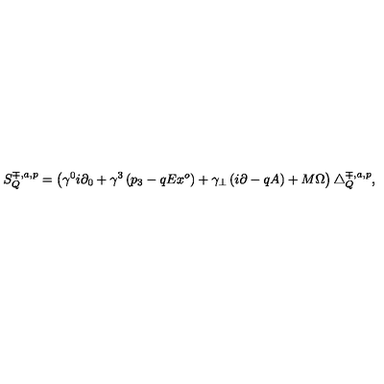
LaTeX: S _ { Q } ^ { \mp , a , p } = \left( \gamma ^ { 0 } i \partial _ { 0 } + \gamma ^ { 3 } \left( p _ { 3 } - q E x ^ { o } \right) + \gamma _ { \bot } \left( i \partial - q A \right) + M \Omega \right) \bigtriangleup _ { Q } ^ { \mp , a , p } ,